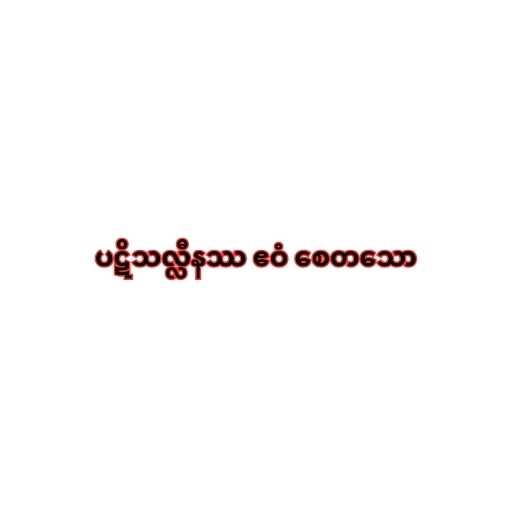
ပဋိသလ္လီနဿ ဧဝံ စေတသော